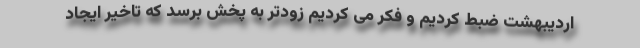
اردیبهشت ضبط کردیم و فکر می کردیم زودتر به پخش برسد که تاخیر ایجاد